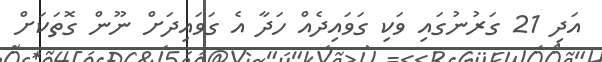
އަދި 21 ގަރުނުގައި ވަކި ގަވައިދެއް ހަދާ އެ ގަވައިދަށް ނޫން ގޮތަކަށް